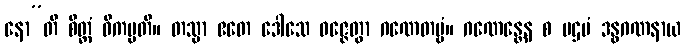
နော”တိ စိတ္တံ ဝိကမ္ပတိ။ တသ္မာ ဧတေ ဒေါသေ ဝဇ္ဇေတွာ ဂဏေတဗ္ဗံ။ ဂဏေန္တေန စ ပဌမံ ဒန္ဓဂဏနာယ